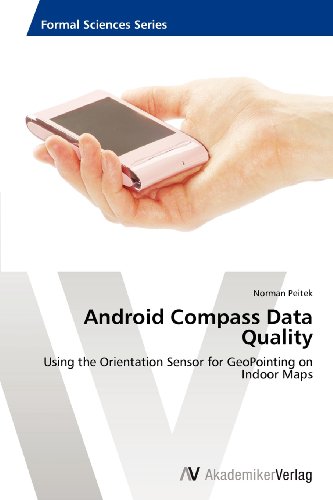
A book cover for Android Compass Data Quality: Using the Orientation Sensor for GeoPointing on Indoor Maps; Norman Peitek; Computers & Technology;